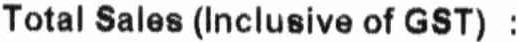
TOTAL SALES (INCLUSIVE OF GST) :